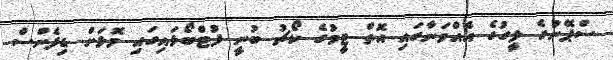
ސްޕޭނުގެ ލީގުގެ އެއްވަނާގައި އޮތް ޓީމުގެ ކޯޗު ބުނީ ފުޓްބޯޅައިގައި މޮޅަށް ޑިފެންސް